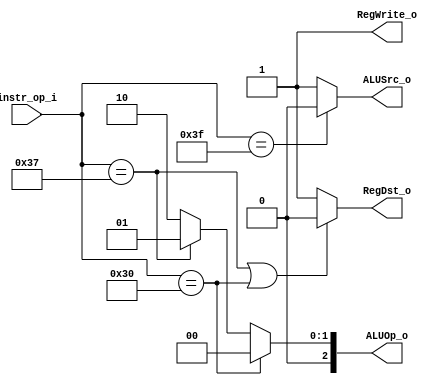
module Decoder( instr_op_i, RegWrite_o,	ALUOp_o, ALUSrc_o, RegDst_o );
     
//I/O ports
input	[6-1:0] instr_op_i;

output			RegWrite_o;
output	[3-1:0] ALUOp_o;
output			ALUSrc_o;
output			RegDst_o;
 
//Internal Signals
wire	[3-1:0] ALUOp_o;
wire			ALUSrc_o;
wire			RegWrite_o;
wire			RegDst_o;

//Main function

assign	ALUOp_o = (instr_op_i == 6'b110000) ? 3'b000 :		//LUI
		(instr_op_i == 6'b110111) ? 3'b001 :		//addi
		3'b010;						//R type
assign	ALUSrc_o =instr_op_i == 6'b111111 ? 1'b0:		// sign extend
			1'b1;					
assign	RegDst_o = (instr_op_i == 6'b110111 || instr_op_i == 6'b110000) ? 1'b0:
			1'b1;
assign	RegWrite_o = 1'b1;

endmodule